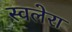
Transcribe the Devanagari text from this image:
स्वलेरा